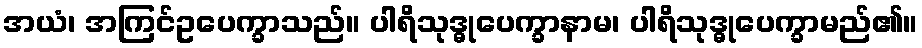
အယံ၊ အကြင်ဥပေက္ခာသည်။ ပါရိသုဒ္ဓုပေက္ခာနာမ၊ ပါရိသုဒ္ဓုပေက္ခာမည်၏။